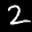
Label: 2